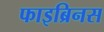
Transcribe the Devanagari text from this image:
फाइब्रिनस